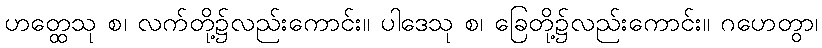
ဟတ္ထေသု စ၊ လက်တို့၌လည်းကောင်း။ ပါဒေသု စ၊ ခြေတို့၌လည်းကောင်း။ ဂဟေတွာ၊